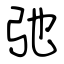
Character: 弛